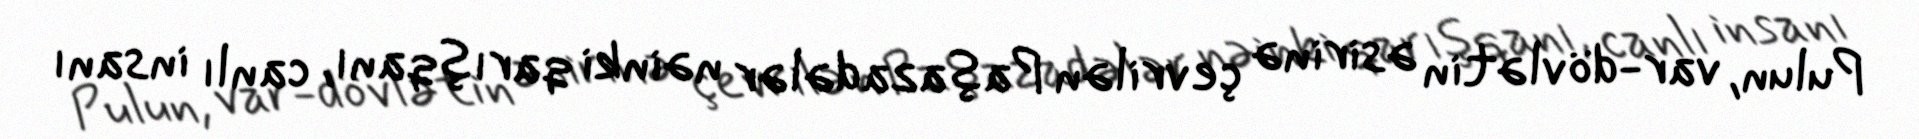
Pulun, var-dövlətin əsirinə çevrilən Paşazadələr nəinki qarışqanı, canlı insanı